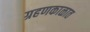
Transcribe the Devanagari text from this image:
ग्रहणकाळात